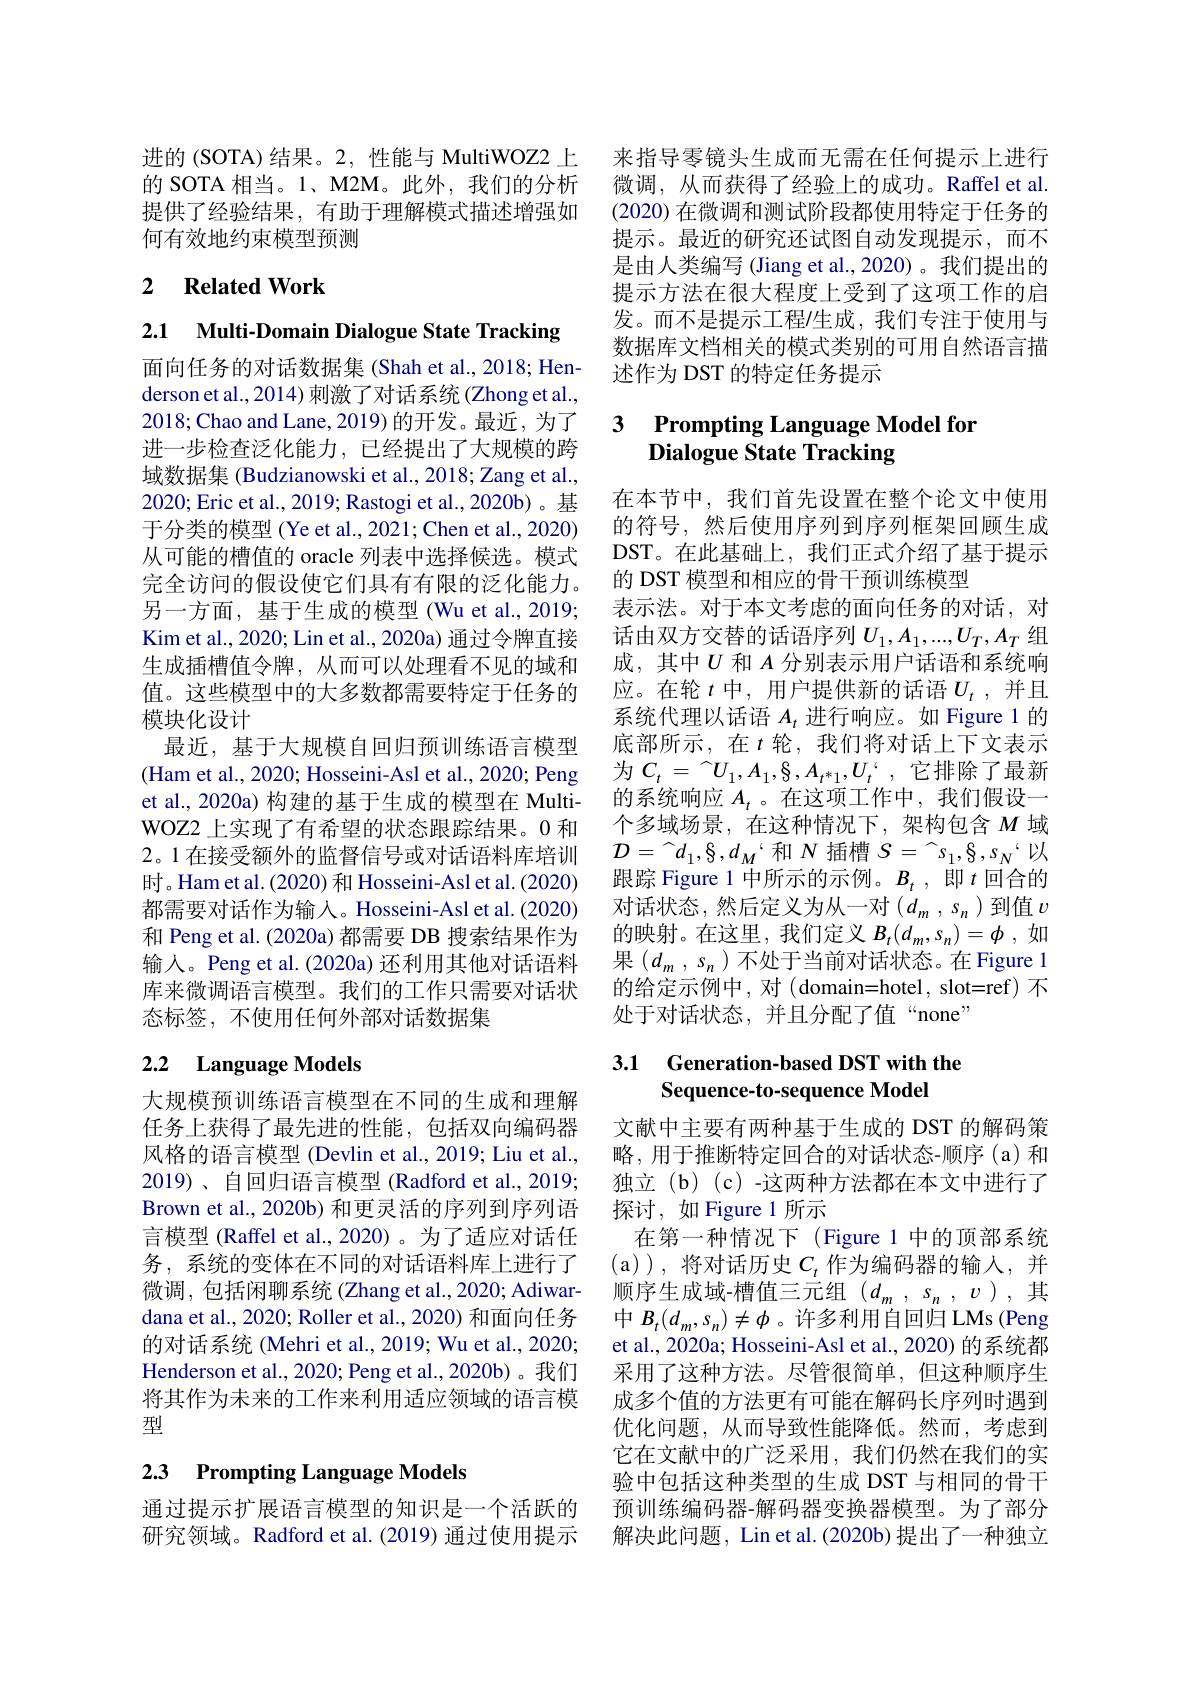
进的 (SOTA) 结果。2, 性能与 MultiWOZ2 上 来指导零镜头生成而无需在任何提示上进行的 SOTA 相当。1、M2M。此外，我们的分析 微调，从而获得了经验上的成功。Raffel et al. 提供了经验结果，有助于理解模式描述增强如
何有效地约束模型预测

## 2 $\textbf{Related Work}$

2.1 Multi-Domain Dialogue State Tracking 面向任务的对话数据集 (Shah et al., 2018; Henderson et al., 2014) 刺激了对话系统(Zhong et al. 2018;Chao and Lane, 2019) 的开发。最近，为了进一步检查泛化能力，已经提出了大规模的跨域数据集 (Budzianowski et al., 2018; Zang et al., 2020;Eric et al., 2019; Rastogi et al., 2020b)。基于分类的模型 (Ye et al., 2021; Chen et al., 2020) 从可能的槽值的 oracle 列表中选择候选。模式完全访问的假设使它们具有有限的泛化能力。另一方面，基于生成的模型 (Wu et al.,2019; Kim et al., 2020; Lin et al., 2020a) 通过令牌直接生成插槽值令牌，从而可以处理看不见的域和值。这些模型中的大多数都需要特定于任务的模块化设计
最近，基于大规模自回归预训练语言模型(Ham et al., 2020; Hosseini-Asl et al., 2020; Peng et al., 2020a) 构建的基于生成的模型在 MultiWOZ2 上实现了有希望的状态跟踪结果。0 和2。1 在接受额外的监督信号或对话语料库培训时。Ham et al. (2020) 和 Hosseini-Asl et al. (2020) 都需要对话作为输入。Hosseini-Asl et al.(2020) 和 Peng et al. (2020a) 都需要 DB 搜索结果作为输入。Peng et al. (2020a) 还利用其他对话语料库来微调语言模型。我们的工作只需要对话状态标签，不使用任何外部对话数据集

# 2.2 Language Models

大规模预训练语言模型在不同的生成和理解任务上获得了最先进的性能，包括双向编码器风格的语言模型 (Devlin et al., 2019; Liu et al., 2019)、自回归语言模型(Radford et al., 2019; Brown et al., 2020b) 和更灵活的序列到序列语言模型 (Raffel et al.,2020)。为了适应对话任务，系统的变体在不同的对话语料库上进行了微调，包括闲聊系统 (Zhang et al., 2020; Adiwardana et al., 2020; Roller et al., 2020) 和面向任务的对话系统 (Mehri et al., 2019; Wu et al., 2020; Henderson et al., 2020; Peng et al., 2020b) 。我们将其作为未来的工作来利用适应领域的语言模型

## 2.3 Prompting Language Models

通过提示扩展语言模型的知识是一个活跃的研究领域。Radford et al.(2019) 通过使用提示

(2020) 在微调和测试阶段都使用特定于任务的提示。最近的研究还试图自动发现提示，而不是由人类编写 (Jiang et al.,2020)。我们提出的提示方法在很大程度上受到了这项工作的启发。而不是提示工程/生成，我们专注于使用与数据库文档相关的模式类别的可用自然语言描述作为 DST 的特定任务提示

### 3 $\textbf{Prompting Language Model fon}$ Dialogue State Tracking

在本节中，我们首先设置在整个论文中使用的符号，然后使用序列到序列框架回顾生成DST。在此基础上，我们正式介绍了基于提示的 DST 模型和相应的骨干预训练模型
表示法。对于本文考虑的面向任务的对话，对话由双方交替的话语序列$U_1,A_1,...,U_T,A_T$组成，其中$U$和$A$分别表示用户话语和系统响应。在轮$t$中，用户提供新的话语$U_t$ ,并且系统代理以话语$A_t$进行响应。如 Figure 1 的底部所示，在$t$ 轮，我们将对话上下文表示为$C_t=\stackrel{\frown}U_1,A_1,\S,A_{t^*1},U_t`$,它排除了最新的系统响应$A_t$ 。在这项工作中，我们假设一个多域场景，在这种情况下，架构包含$M$域$\mathcal{D}=\stackrel\frown d_1,\S,d_M$‘和$N$ 插槽 $S=\stackrel\frown s_1,\S,s_N$“以跟踪 Figure 1 中所示的示例。$B_t$,即$t$回合的对话状态，然后定义为从一对($d_m,s_n$)到值$v$ 的映射。在这里，我们定义$B_t(d_m,s_n)=\phi$,如果$(d_m,s_n)$不处于当前对话状态。在 Figure 1的给定示例中，对(domain=hotel,slot=ref)不处于对话状态，并且分配了值“none”

### 3.1 Generation-based DST with the Sequence-to-sequence Model

文献中主要有两种基于生成的 DST 的解码策略，用于推断特定回合的对话状态-顺序(a)和独立(b)(c)-这两种方法都在本文中进行了探讨，如 Figure 1 所示
在第一种情况下 (Figure 1 中的顶部系统(a)),将对话历史$C_t$ 作为编码器的输入，并顺序生成域-槽值三元组($d_m,s_n,v)$,其中$B_t(d_m,s_n)\neq\phi$ 。许多利用自回归 LMs (Peng et al., 2020a; Hosseini-Asl et al., 2020) 的系统都采用了这种方法。尽管很简单，但这种顺序生成多个值的方法更有可能在解码长序列时遇到优化问题，从而导致性能降低。然而，考虑到它在文献中的广泛采用，我们仍然在我们的实验中包括这种类型的生成 DST 与相同的骨干预训练编码器-解码器变换器模型。为了部分解决此问题，Lin et al.(2020b) 提出了一种独立